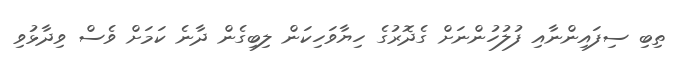
ތިބި ސިފައިންނާއި ފުލުހުންނަށް ގެދޮރުގެ ހިޔާވަހިކަން ލިބިގެން ދާނެ ކަމަށް ވެސް ވިދާޅުވި